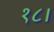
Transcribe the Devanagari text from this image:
१८।